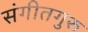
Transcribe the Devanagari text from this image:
संगीतगुरु